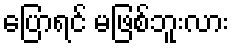
ပြောရင် မဖြစ်ဘူးလား